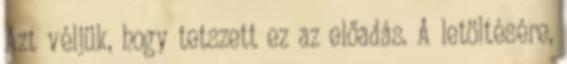
Azt véljük, hogy tetszett ez az előadás. A letöltésére,